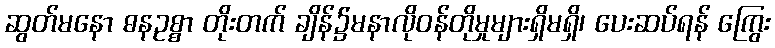
ဆွတ်မနော ဓနဥစ္စာ တိုးတက် ချိန်၌မနာလိုဝန်တိုမှုများရှိမရှိ၊ ပေးဆပ်ရန် ကြွေး